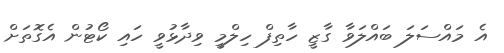
އެ މައްސަލަ ބައްލަވާ ގާޒީ ހާތިފް ހިލްމީ ވިދާޅުވީ ހައި ކޯޓުން އެގޮތަށް